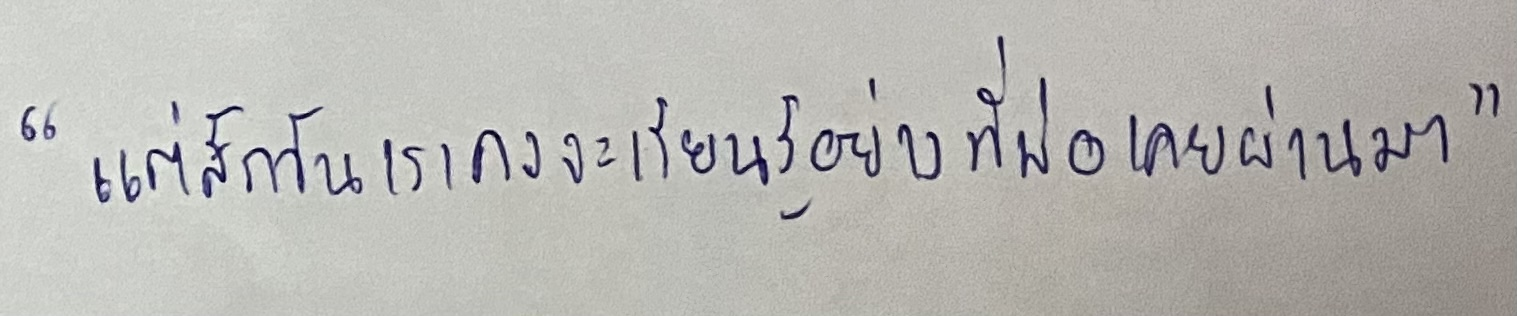
"แต่สักวันเราคงจะเรียนรู้อย่างที่พ่อเคยผ่านมา"